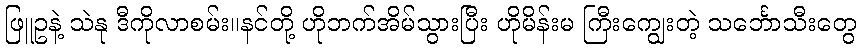
ဖြူဥနဲ့ သဲနု ဒီကိုလာစမ်း။နင်တို့ ဟိုဘက်အိမ်သွားပြီး ဟိုမိန်းမ ကြီးကျွေးတဲ့ သင်္ဘောသီးတွေ